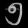
Digit: ၅